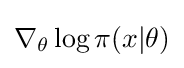
\nabla _{\theta }\log \pi (x|\theta )